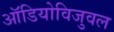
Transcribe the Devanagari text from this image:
ऑडियोविजुवल